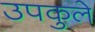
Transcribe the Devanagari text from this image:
उपकुले